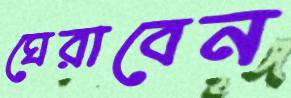
ঘেরাবেন